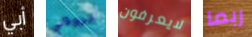
أبي يروقني لايعرفون ربما